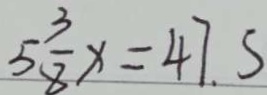
5 \frac { 3 } { 8 } x = 4 7 . 5